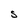
Character: S